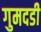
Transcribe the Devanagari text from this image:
गुमदडी